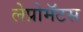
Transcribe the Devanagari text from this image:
लेप्रोमॅटस